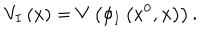
V _ { I } \left( x \right) = V \left( \phi _ { I } \left( x ^ { 0 } , { \bf x } \right) \right) .